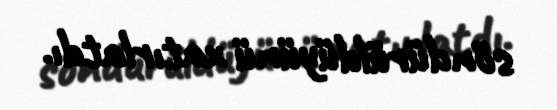
söndürüldüyünü xatırlatdı.